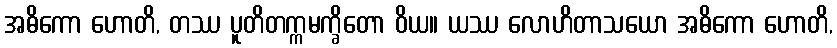
အဓိကော ဟောတိ, တဿ ပူတိတက္ကမက္ခိတော ဝိယ။ ယဿ လောဟိတာသယော အဓိကော ဟောတိ,